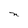
Character: n